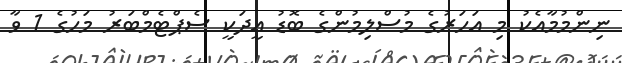
ނިންމުމާއެކު މި އަހަރުގެ މުސްލިމުންގެ ބޮޑު އީދަކީ ސެޕްޓެމްބަރު މަހުގެ 1 ވާ